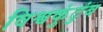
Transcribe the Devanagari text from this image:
विश्वकुंटुंब